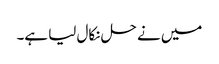
میں نے حل نکال لیا ہے۔